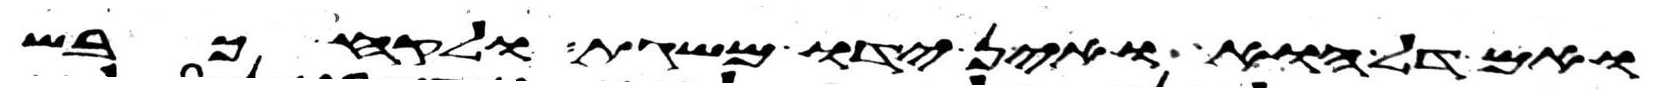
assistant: ואם דל הוא ואין ידו משגת ולקח כבש